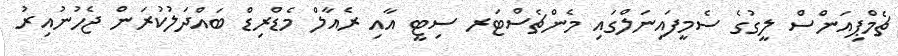
ޗެމްޕިއަންސް ލީގުގެ ސެމީފައިނަލްގައި މެންޗެސްޓަރ ސިޓީ އާއި ރެއާލް މެޑްރިޑް ބައްދަލުކުރަން ޖެހުނުއިރު